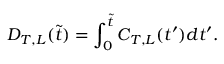
D _ { T , L } ( \tilde { t } ) = \int _ { 0 } ^ { \tilde { t } } C _ { T , L } ( t ^ { \prime } ) d t ^ { \prime } .